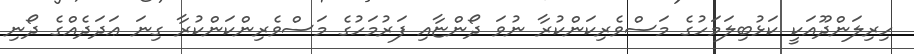
ހިރިލަންދޫއަކީ ކަޅުބިލަމަހުގެ މަސްވެރިކަންކުރާ ނުވަ ދޯންޏާއި ފަރުމަހުގެ މަސްވެރިންކަންކުރާ ގިނަ ޢަދަދެއްގެ ދޯނި